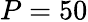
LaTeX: P=50